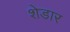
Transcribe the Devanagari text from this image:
शेडार